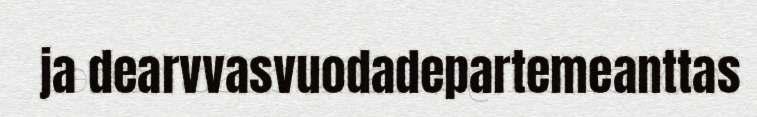
ja dearvvasvuodadepartemeanttas